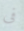
فى